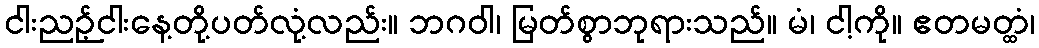
ငါးညဉ့်ငါးနေ့တို့ပတ်လုံ့လည်း။ ဘဂဝါ၊ မြတ်စွာဘုရားသည်။ မံ၊ ငါ့ကို။ ဧတမတ္ထံ၊